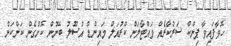
ހޮވާފައިވާ ޕިންކް ސަރުކާރެއް ވައްޓާލަން ކްރުއަލް މައިންޑް އުސޫލު ބޭނުން ކޮށްގެން ކަންކަން